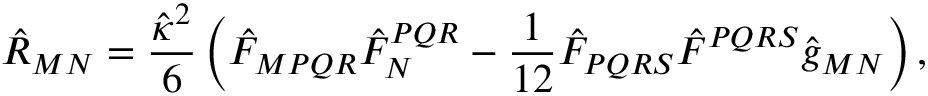
{ \hat { R } _ { M N } = \frac { \hat { \kappa } ^ { 2 } } { 6 } \left( \hat { F } _ { M P Q R } \hat { F } _ { N } ^ { P Q R } - \frac { 1 } { 1 2 } \hat { F } _ { P Q R S } \hat { F } ^ { P Q R S } \hat { g } _ { M N } \right) , }